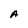
Character: A